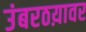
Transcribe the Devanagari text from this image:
उंबरठय़ावर